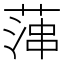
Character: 𦶶